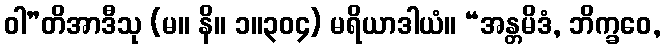
ဝါ”တိအာဒီသု (မ။ နိ။ ၁။၃၀၄) မရိယာဒါယံ။ “အန္တမိဒံ, ဘိက္ခဝေ,